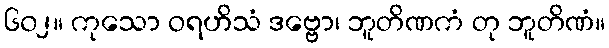
၆၀၂။ ကုသော ဝရဟိသံ ဒဗ္ဗော၊ ဘူတိဏကံ တု ဘူတိဏံ။